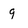
Character: g